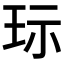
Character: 𱮷